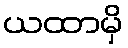
ယထာမှိ